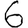
Digit: 6